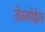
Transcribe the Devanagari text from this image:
डेब्लोईस